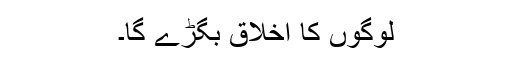
لوگوں کا اخلاق بگڑے گا۔